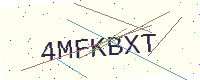
Text: 4MFKBXT